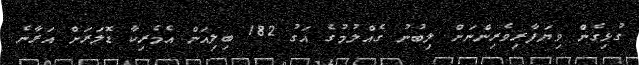
ގުޅިގެން ވިޔަފާރިވެރިންނަށް ލިބުނު ގެއްލުމުގެ އަގު 182 ބިލިއަން އެމެރިކާ ޑޮލަރަށް އަރާނެ